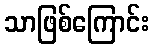
သာဖြစ်ကြောင်း